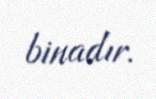
binadır.